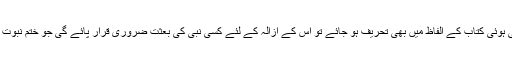
اگر آپ کی لائی ہوئی کتاب کے الفاظ میں بھی تحریف ہو جائے تو اس کے ازالہ کے لئے کسی نبی کی بعثت ضروری قرار پائے گی جو ختم نبوت کے منافی ہے۔